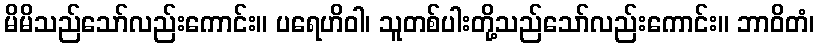
မိမိသည်သော်လည်းကောင်း။ ပရေဟိဝါ၊ သူတစ်ပါးတို့သည်သော်လည်းကောင်း။ ဘာဝိတံ၊